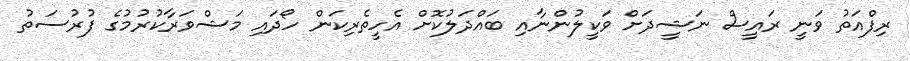
ރިފްއަތު ވަނީ ރައީސް ނަޝީދަށް ވަކީލުންނާއި ބައްދަލުކޮށް އެހީތެރިކަން ހޯދައި މަޝްވަރާކުރުމުގެ ފުރުސަތު